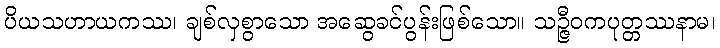
ပိယသဟာယကဿ၊ ချစ်လှစွာသော အဆွေခင်ပွန်းဖြစ်သော။ သဉ္ဇီဝကပုတ္တဿနာမ၊